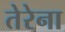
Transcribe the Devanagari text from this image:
तेरेना